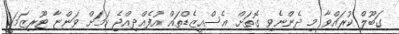
ގަބޫލް ކުރައްވާ މި ދެންނެވި ގޮތަށް އެސްއީޒެޑްތައް އުފެއްދިއްޖެ ކަމަށް ވަންޏާ ޓޫރިޒަމަކީ